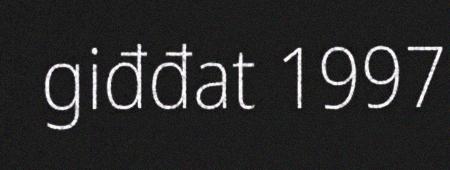
giđđat 1997